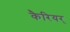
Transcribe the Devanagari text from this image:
कैरियर्